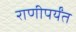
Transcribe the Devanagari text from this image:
राणीपर्यंत